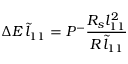
\Delta E \, \tilde { l } _ { 1 1 } = P ^ { - } \frac { R _ { s } { l } _ { 1 1 } ^ { 2 } } { R \, \tilde { l } _ { 1 1 } }